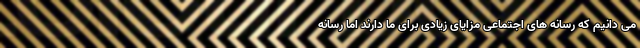
می دانیم که رسانه های اجتماعی مزایای زیادی برای ما دارند اما رسانه